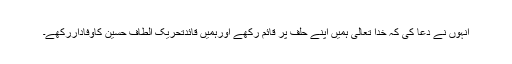
انہوں نے دعا کی کہ خدا تعالیٰ ہمیں اپنے حلف پر قائم رکھے اورہمیں قائدتحریک الطاف حسین کاوفاداررکھے۔